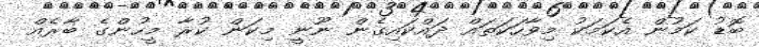
ބޮޑު ކަމުން އެކަމަކު މިވާހަކަތައް ދައްކައިގެން ނޫނީ މިކަން ކުރާ މީހުންގެ ބާރެއް